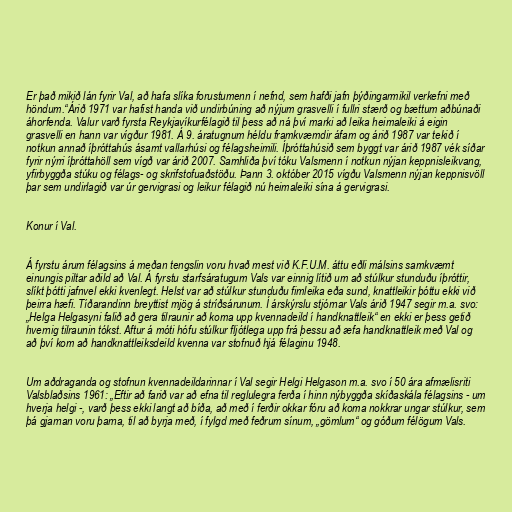
Er það mikið lán fyrir Val, að hafa slíka forustumenn í nefnd, sem hafði jafn þýðingarmikil verkefni með
höndum.“Árið 1971 var hafist handa við undirbúning að nýjum grasvelli í fullri stærð og bættum aðbúnaði
áhorfenda. Valur varð fyrsta Reykjavíkurfélagið til þess að ná því marki að leika heimaleiki á eigin
grasvelli en hann var vígður 1981. Á 9. áratugnum héldu framkvæmdir áfam og árið 1987 var tekið í
notkun annað íþróttahús ásamt vallarhúsi og félagsheimili. Íþróttahúsið sem byggt var árið 1987 vék síðar
fyrir nýrri íþróttahöll sem vígð var árið 2007. Samhliða því tóku Valsmenn í notkun nýjan keppnisleikvang,
yfirbyggða stúku og félags- og skrifstofuaðstöðu. Þann 3. október 2015 vígðu Valsmenn nýjan keppnisvöll
þar sem undirlagið var úr gervigrasi og leikur félagið nú heimaleiki sína á gervigrasi.

Konur í Val.

Á fyrstu árum félagsins á meðan tengslin voru hvað mest við K.F.U.M. áttu eðli málsins samkvæmt
einungis piltar aðild að Val. Á fyrstu starfsáratugum Vals var einnig lítið um að stúlkur stunduðu íþróttir,
slíkt þótti jafnvel ekki kvenlegt. Helst var að stúlkur stunduðu fimleika eða sund, knattleikir þóttu ekki við
þeirra hæfi. Tíðarandinn breyttist mjög á stríðsárunum. Í árskýrslu stjórnar Vals árið 1947 segir m.a. svo:
„Helga Helgasyni falið að gera tilraunir að koma upp kvennadeild í handknattleik“ en ekki er þess getið
hvernig tilraunin tókst. Aftur á móti hófu stúlkur fljótlega upp frá þessu að æfa handknattleik með Val og
að því kom að handknattleiksdeild kvenna var stofnuð hjá félaginu 1948.

Um aðdraganda og stofnun kvennadeildarinnar í Val segir Helgi Helgason m.a. svo í 50 ára afmælisriti
Valsblaðsins 1961: „Eftir að farið var að efna til reglulegra ferða í hinn nýbyggða skíðaskála félagsins - um
hverja helgi -, varð þess ekki langt að bíða, að með í ferðir okkar fóru að koma nokkrar ungar stúlkur, sem
þá gjarnan voru þarna, til að byrja með, í fylgd með feðrum sínum, „gömlum“ og góðum félögum Vals.